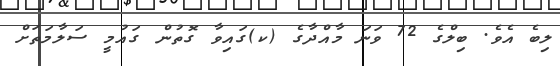
ލިބެ އެވެ. ބިލްގެ 72 ވަނަ މާއްދާގެ (ކ)ގައިވާ ގޮތުން ގައުމީ ސަލާމަތަށް